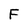
Character: F